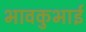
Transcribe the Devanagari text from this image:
भावकुभाई